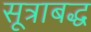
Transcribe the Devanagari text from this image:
सूत्राबद्ध